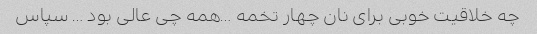
چه خلاقیت خوبی برای نان چهار تخمه …همه چی عالی بود … سپاس